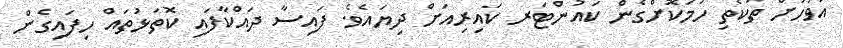
އަވަހަށް ތަކެތި ހަމަކޮށްގެން ކައުންޓަރ ކައިރިއަށް ދިޔައެވެ. ފައިސާ ދައްކާފައި ކޮތަޅުތައް ހިފައިގެން